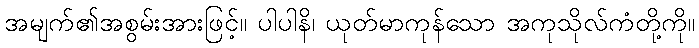
အမျက်၏အစွမ်းအားဖြင့်။ ပါပါနိ၊ ယုတ်မာကုန်သော အကုသိုလ်ကံတို့ကို။